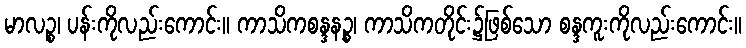
မာလဉ္စ၊ ပန်းကိုလည်းကောင်း။ ကာသိကစန္ဒနဉ္စ၊ ကာသိကတိုင်း၌ဖြစ်သော စန္ဒကူးကိုလည်းကောင်း။